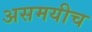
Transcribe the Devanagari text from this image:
असमयीच